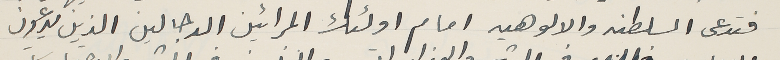
فتدعى السلطنه والالوهيه امام اولئك المرائين الدجالين الذين يدعون